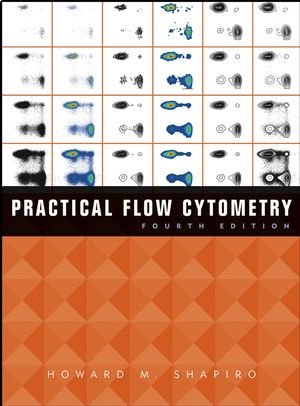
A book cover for Practical Flow Cytometry; Howard M. Shapiro; Medical Books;